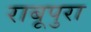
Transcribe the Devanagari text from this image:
राबूपुरा